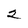
Character: 2